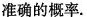
准确的概率.